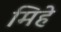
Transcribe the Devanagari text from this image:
मिहे